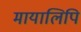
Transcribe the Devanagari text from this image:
मायालिपि